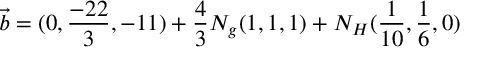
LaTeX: { \vec { b } } = ( 0 , { \frac { - 2 2 } { 3 } } , - 1 1 ) + { \frac { 4 } { 3 } } N _ { g } ( 1 , 1 , 1 ) + N _ { H } ( { \frac { 1 } { 1 0 } } , { \frac { 1 } { 6 } } , 0 )